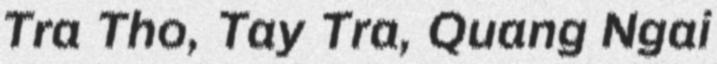
Tra Tho, Tay Tra, Quang Ngai